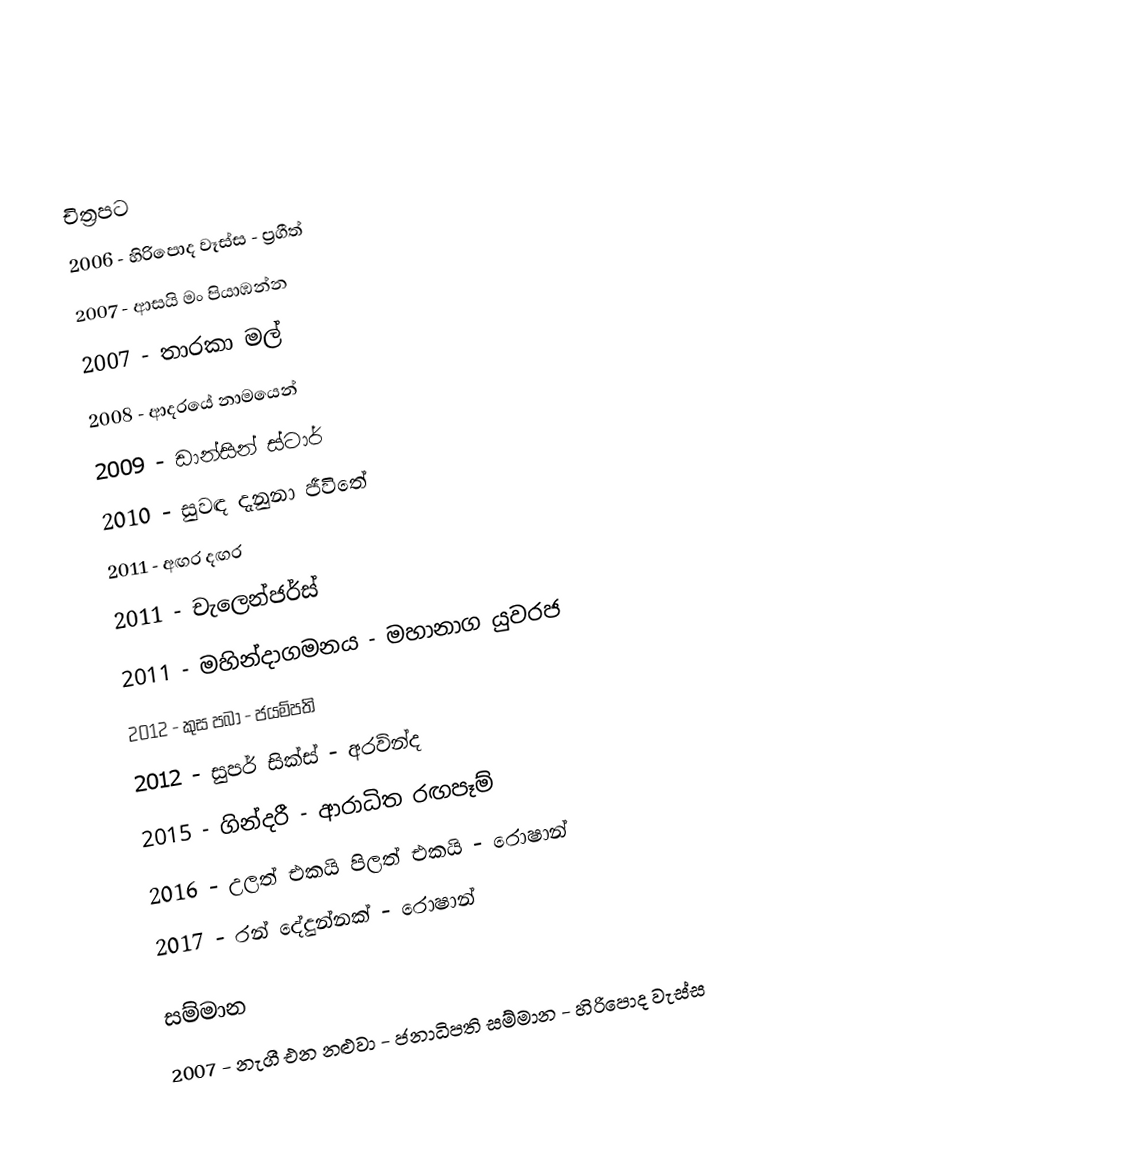

චිත්‍රපට
2006 - හිරිපොද වෑස්ස - ප්‍රගීත්
2007 - ආසයි මං පියාඹන්න
2007 - තාරකා මල්
2008 - ආදරයේ නාමයෙන්
2009 - ඩාන්සින් ස්ටාර්
2010 - සුවඳ දැනුනා ජීවිතේ
2011 - අඟර දඟර
2011 - චැලෙන්ජර්ස්
2011 - මහින්දාගමනය - මහානාග යුවරජ
2012 - කුස පබා - ජයම්පති
2012 - සුපර් සික්ස් - අරවින්ද
2015 - ගින්දරී - ආරාධිත රඟපෑම්
2016 - උලත් එකයි පිලත් එකයි - රොෂාන්
2017 - රන් දේදුන්නක් - රොෂාන්

සම්මාන
2007 - නැගී එන නළුවා - ජනාධිපති සම්මාන - හිරිපොද වැස්ස